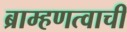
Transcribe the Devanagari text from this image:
ब्राम्हणत्वाची